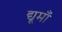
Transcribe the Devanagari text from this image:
द्यूमाँ